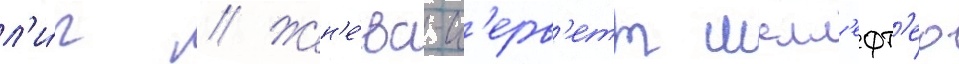
л'и́г // Жен'е́ва-с'ерв'етт шелл'ефт'ео